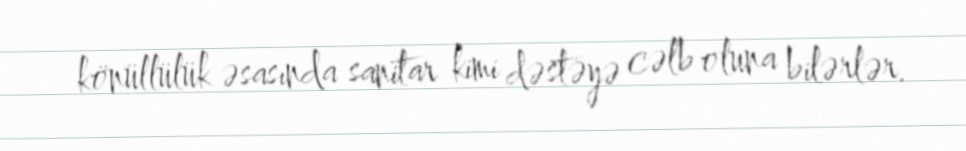
könüllülük əsasında sanitar kimi dəstəyə cəlb oluna bilərlər.